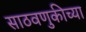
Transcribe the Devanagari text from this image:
साठवणुकीच्या